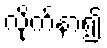
လိုက်နာ၍